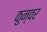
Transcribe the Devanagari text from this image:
कुन्वर